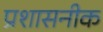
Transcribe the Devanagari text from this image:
प्रशासनीक